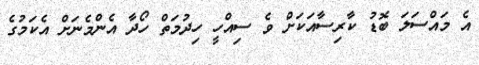
އެ މައްސަލަ ބޮޑު ކާރިސާއަކަށް ވެ ސިއްހީ ހިދުމަތް ހޯދާ އެންމެނަށް އެކަމުގެ